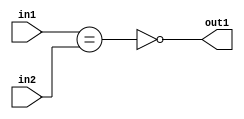
`timescale 1ps / 1ps
/*****************************************************************************
    Verilog RTL Description
    
    
    Created by: Stratus DpOpt 2019.1.01 
*******************************************************************************/

module feature_write_addr_gen_NotEQ_3Ux3U_1U_4 (
	in2,
	in1,
	out1
	); /* architecture "behavioural" */ 
input [2:0] in2,
	in1;
output  out1;
wire  asc001,
	asc002;

assign asc002 = (in1==in2);

assign asc001 = 
	((~asc002));

assign out1 = asc001;
endmodule

/* CADENCE  ubTwSwE= : u9/ySgnWtBlWxVPRXgAZ4Og= ** DO NOT EDIT THIS LINE ******/